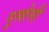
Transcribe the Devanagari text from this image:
पुस्‍तेनी